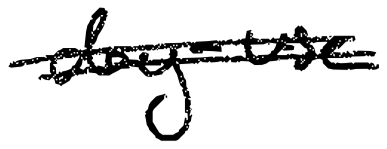
Text: day-use
Cross-out: double-line
Writing tool: digital_black